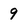
Character: 9